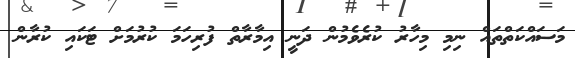
މަސައްކަތްތައް ނިމި މިހާރު ކުރެވެމުން ދަނީ އިމާރާތް ފުރިހަމަ ކުރުމަށް ޓަކައި ކުރާން